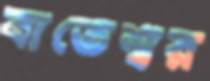
বাতেশ্বর